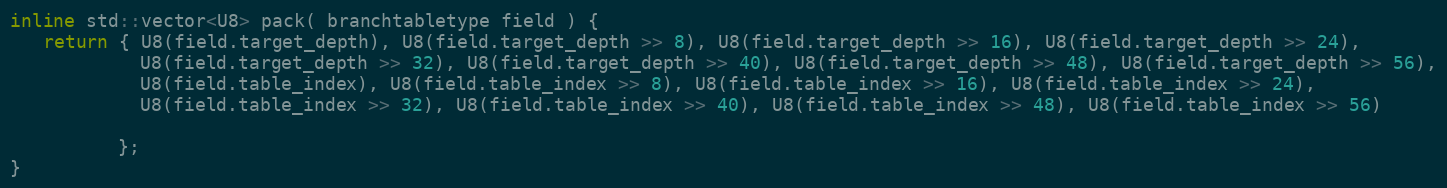
Language: C++
inline std::vector<U8> pack( branchtabletype field ) {
   return { U8(field.target_depth), U8(field.target_depth >> 8), U8(field.target_depth >> 16), U8(field.target_depth >> 24),
            U8(field.target_depth >> 32), U8(field.target_depth >> 40), U8(field.target_depth >> 48), U8(field.target_depth >> 56),
            U8(field.table_index), U8(field.table_index >> 8), U8(field.table_index >> 16), U8(field.table_index >> 24),
            U8(field.table_index >> 32), U8(field.table_index >> 40), U8(field.table_index >> 48), U8(field.table_index >> 56)

          };
}